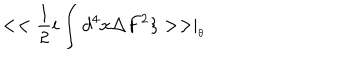
LaTeX: < < \frac { 1 } { 2 } i \int d ^ { 4 } x \Delta F ^ { 2 } \} > > \mid _ { _ { \theta } }